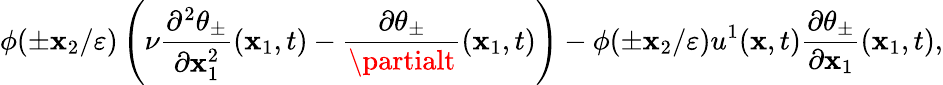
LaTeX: \phi(\pm\mathbf{x}_{2}/\varepsilon)\left(\nu\frac{{\partial^{2}\theta_{\pm}}}{{\partial\mathbf{x}_{1}^{2}}}(\mathbf{x}_{1},t)-\frac{{\partial\theta_{\pm}}}{{\partialt}}(\mathbf{x}_{1},t)\right)-\phi(\pm\mathbf{x}_{2}/\varepsilon)u^{1}(\mathbf{x},t)\frac{{\partial\theta_{\pm}}}{{\partial\mathbf{x}_{1}}}(\mathbf{x}_{1},t),